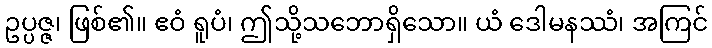
ဥပ္ပဇ္ဇ၊ ဖြစ်၏။ ဧဝံ ရူပံ၊ ဤသို့သဘောရှိသော။ ယံ ဒေါမနဿံ၊ အကြင်